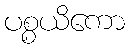
ပစ္စယိကော